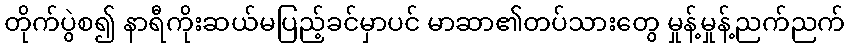
တိုက်ပွဲစ၍ နာရီကိုးဆယ်မပြည့်ခင်မှာပင် မာဆာ၏တပ်သားတွေ မှုန့်မှုန့်ညက်ညက်